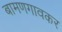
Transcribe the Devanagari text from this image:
बामणगावकर